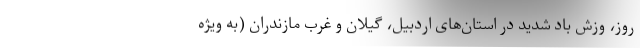
روز، وزش باد شدید در استان‌های اردبیل، گیلان و غرب مازندران (به ویژه